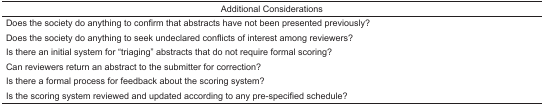
<table><thead><tr><td><b>Additional Considerations</b></td></tr></thead><tbody><tr><td>Does the society do anything to confirm that abstracts have not been presented previously?</td></tr><tr><td>Does the society do anything to seek undeclared conflicts of interest among reviewers?</td></tr><tr><td>Is there an initial system for “triaging” abstracts that do not require formal scoring?</td></tr><tr><td>Can reviewers return an abstract to the submitter for correction?</td></tr><tr><td>Is there a formal process for feedback about the scoring system?</td></tr><tr><td>Is the scoring system reviewed and updated according to any pre-specified schedule?</td></tr></tbody></table>